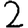
Digit: 2